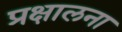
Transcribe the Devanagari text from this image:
प्रक्षालना